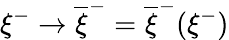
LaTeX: \xi^{-}\rightarrow\overline{{{\xi}}}^{-}=\overline{{{\xi}}}^{-}(\xi^{-})